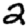
Digit: 2